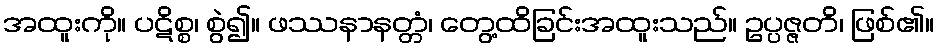
အထူးကို။ ပဋိစ္စ၊ စွဲ၍။ ဖဿနာနတ္တံ၊ တွေ့ထိခြင်းအထူးသည်။ ဥပ္ပဇ္ဇတိ၊ ဖြစ်၏။